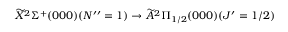
\widetilde { X } ^ { 2 } \Sigma ^ { + } ( 0 0 0 ) ( N ^ { \prime \prime } = 1 ) \rightarrow \widetilde { A } ^ { 2 } \Pi _ { 1 / 2 } ( 0 0 0 ) ( J ^ { \prime } = 1 / 2 )